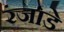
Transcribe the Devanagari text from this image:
रंजाडे